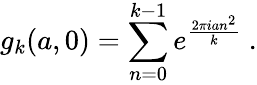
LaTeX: g_{k}(a,0)=\sum_{n=0}^{k-1}e^{\frac{2\pi ian^{2}}{k}}~.